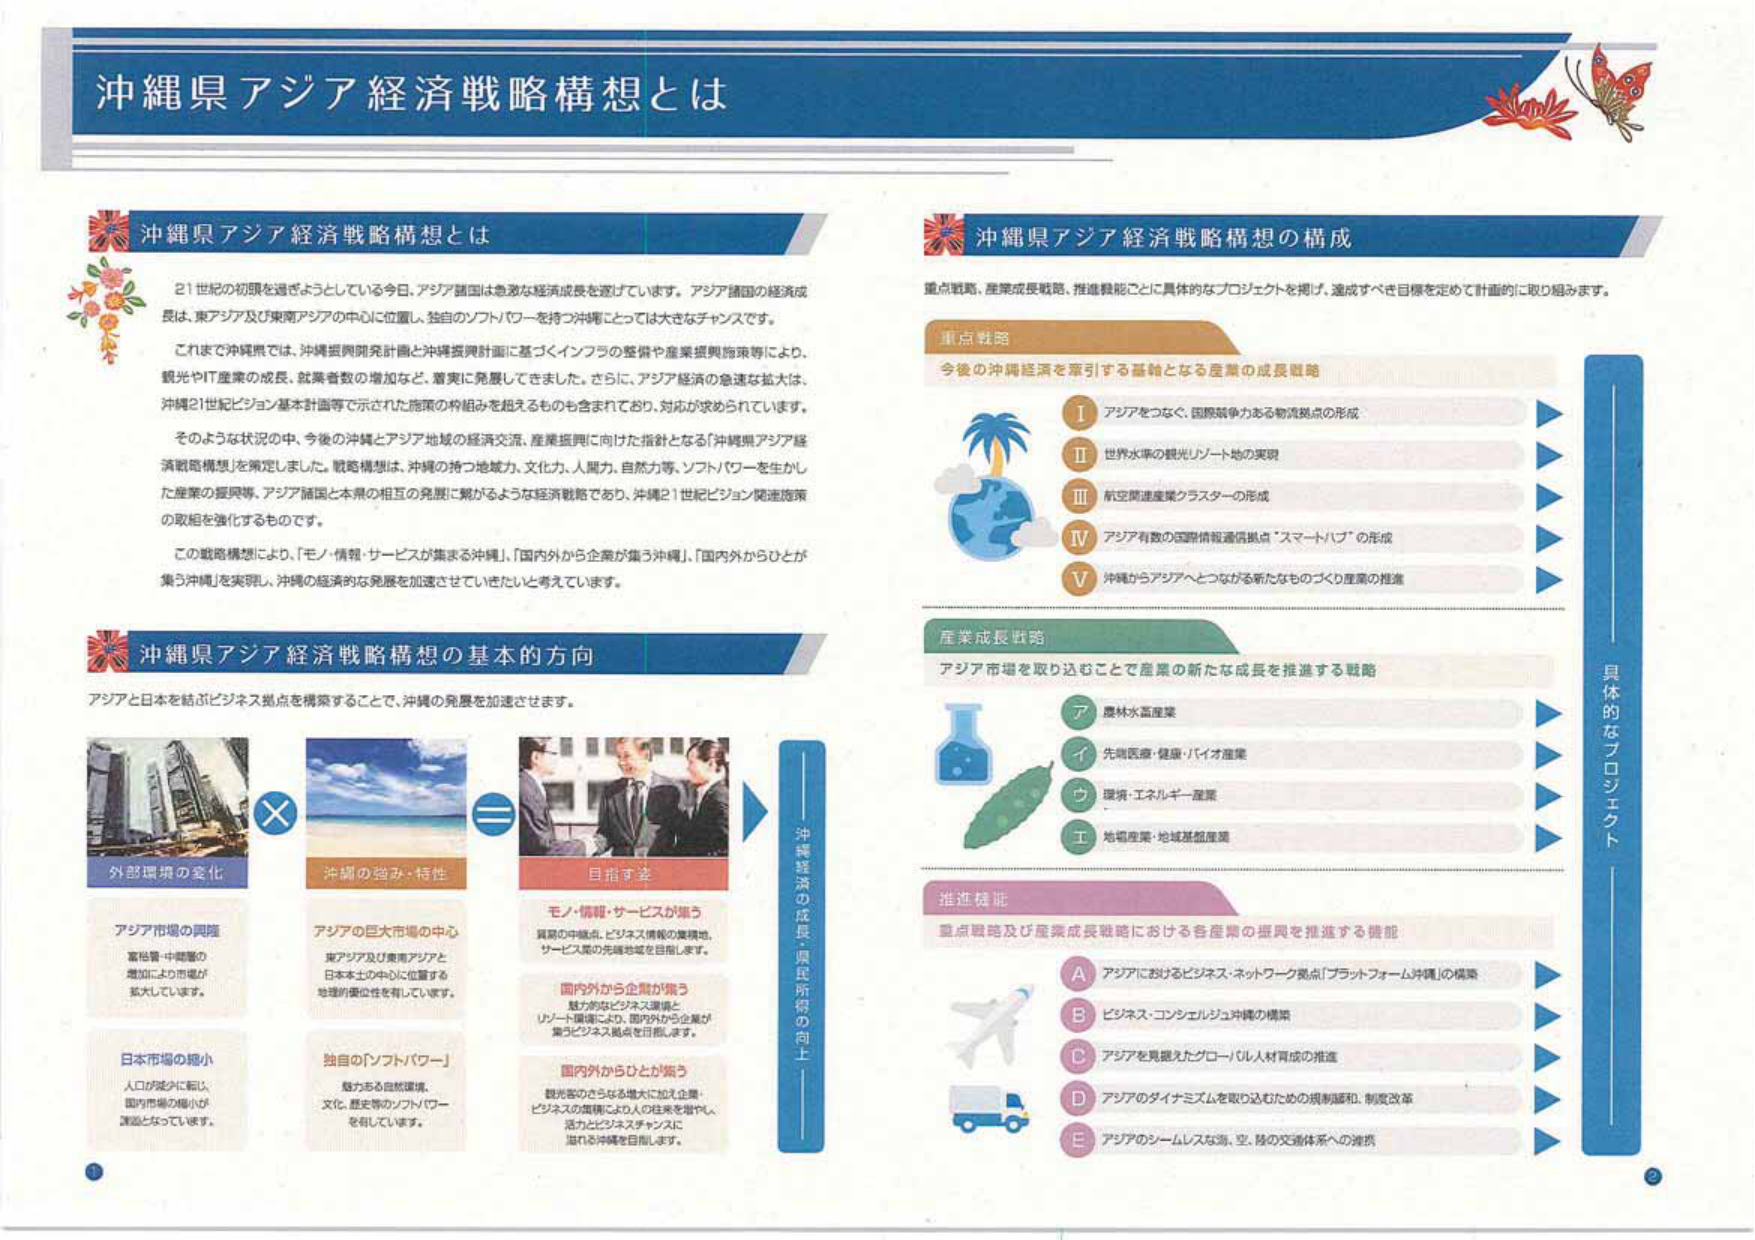
沖縄県アジア経済戦略構想とは

沖縄県アジア経済戦略構想とは

21世紀の初頭を過ぎようとしている今日、アジア諸国は急激な経済成長を遂げています。アジア諸国の経済成長は、東アジア及び東南アジアの中心に位置し、独自のソフトパワーを持つ沖縄にとっては大きなチャンスです。

これまで沖縄県では、沖縄振興開発計画と沖縄振興計画に基づくインフラの整備や産業振興施策等により、観光やIT産業の成長、就業者数の増加など、着実に発展してきました。さらに、アジア経済の急速な拡大は、沖縄21世紀ビジョン基本計画等で示された施策の枠組みを超えるものも含まれており、対応が求められています。

そのような状況の中、今後の沖縄とアジア地域の経済交流、産業振興に向けた指針となる「沖縄県アジア経済戦略構想」を策定しました。戦略構想は、沖縄の持つ地域力、文化力、人間力、自然力等、ソフトパワーを生かした産業の振興等、アジア諸国と本県の相互の発展に繋がるような経済戦略であり、沖縄21世紀ビジョン関連施策の取組を強化するものです。

この戦略構想により、「モノ・情報・サービスが集まる沖縄」、「国内外から企業が集う沖縄」、「国内外からひとが集う沖縄」を実現し、沖縄の経済的な発展を加速させていきたいと考えています。

沖縄県アジア経済戦略構想の基本的方向

アジアと日本を結ぶビジネス拠点を構築することで、沖縄の発展を加速させます。

外部環境の変化
アジア市場の興隆
富裕層・中間層の増加により市場が拡大しています。
日本市場の縮小
人口の減少に伴い、国内市場の縮小が課題となっています。

沖縄の強み・特性
アジアの巨大市場の中心
東アジア及び東南アジアと日本本土の中心に位置する地理的優位性を有しています。
独自の「ソフトパワー」
魅力ある自然環境、文化、歴史等のソフトパワーを有しています。

目指す姿
モノ・情報・サービスが集う
貿易の中継点、ビジネス情報の集積地、サービス業の先端地域を目指します。
国内外から企業が集う
魅力的なビジネス環境とリゾート環境により、国内外から企業が集うビジネス拠点を目指します。
国内外からひとが集う
観光客のさらなる増大に加え、企業・ビジネスの集積により、人の往来を増やし、活力とビジネスチャンスに溢れた沖縄を目指します。

沖縄県アジア経済戦略構想の構成

重点戦略、産業成長戦略、推進機能ごとに具体的なプロジェクトを掲げ、達成すべき目標を定めて計画的に取り組みます。

重点戦略
今後の沖縄経済を牽引する基軸となる産業の成長戦略

Ⅰ アジアをつなぐ、国際競争力ある物流拠点の形成
Ⅱ 世界水準の観光リゾート地の実現
Ⅲ 航空関連産業クラスターの形成
Ⅳ アジア有数の国際情報通信拠点「スマートハブ」の形成
Ⅴ 沖縄からアジアへとつながる新たなものづくり産業の推進

産業成長戦略
アジア市場を取り込むことで産業の新たな成長を推進する戦略

ア 農林水産業
イ 先端医療・健康・バイオ産業
ウ 環境・エネルギー産業
エ 地域産業・地域基盤産業

推進機能
重点戦略及び産業成長戦略における各産業の振興を推進する機能

A アジアにおけるビジネス・ネットワーク拠点「プラットフォーム沖縄」の構築
B ビジネス・コンシェルジュ沖縄の構築
C アジアを見据えたグローバル人材育成の推進
D アジアのダイナミズムを取り込むための規制緩和、制度改革
E アジアのシームレスな海、空、陸の交通体系への連携

具体的なプロジェクト

沖縄振興6柱・重点施策6本柱